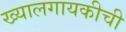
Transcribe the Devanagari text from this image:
ख्यालगायकीची